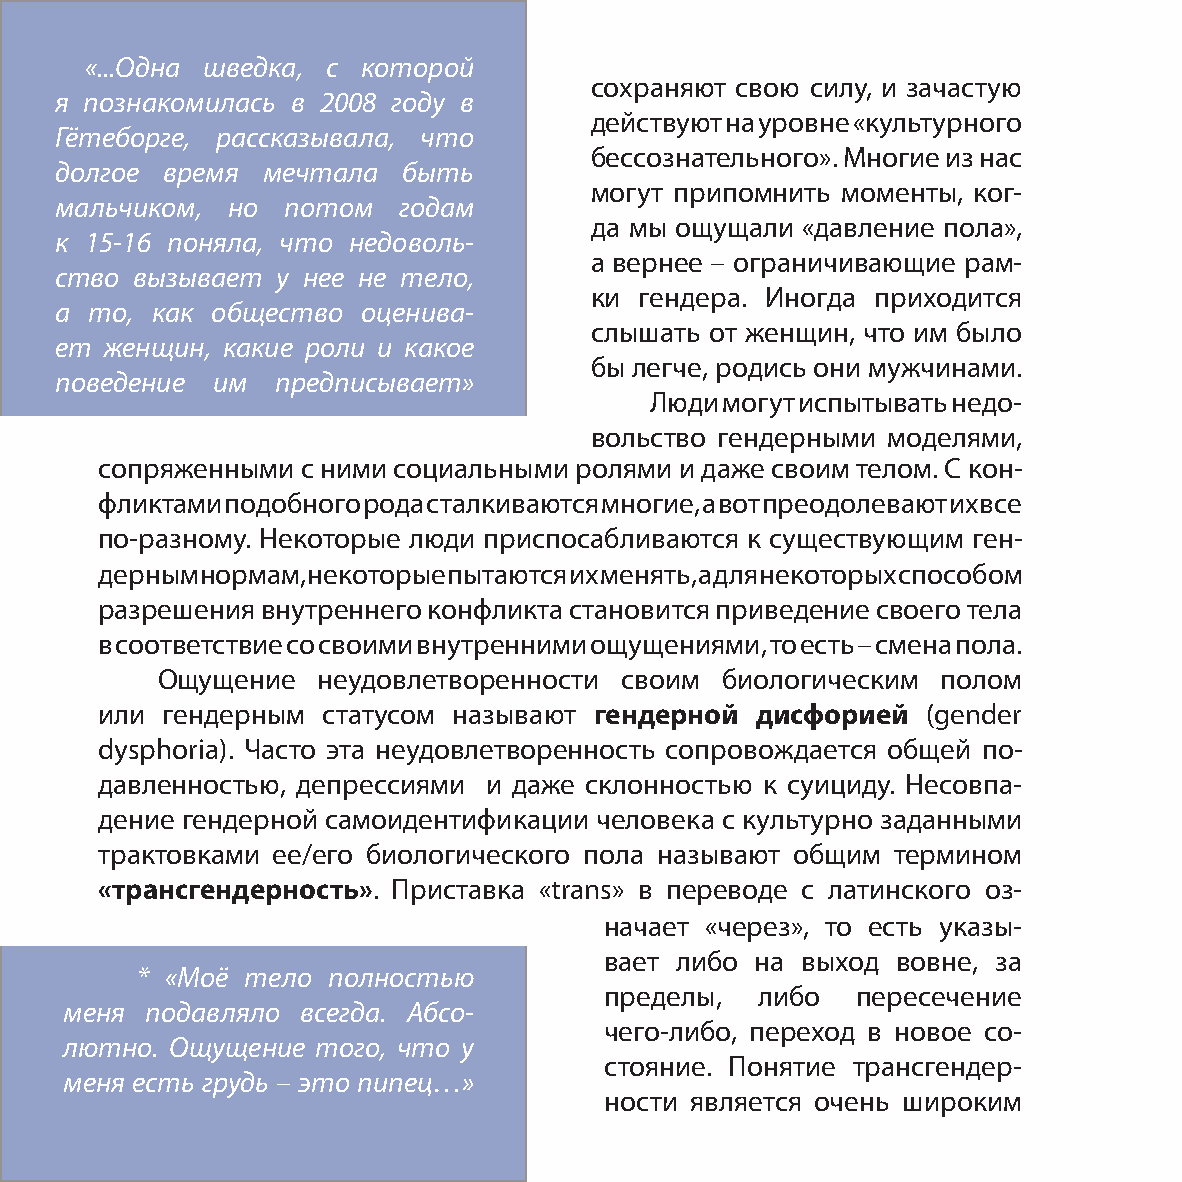
«...Одна шведка, с которой
 сохраняют свою силу, и зачастую
 я познакомилась в 2008 году в
 действуют на уровне «культурного
 Гётеборге, рассказывала, что
 бессознательного». Многие из нас
 долгое время мечтала   быть
 могут припомнить моменты, ког-
 мальчиком, но  потом  годам
 да мы ощущали «давление пола»,
 к 15-16 поняла, что недоволь-
 а вернее – ограничивающие рам-
 ство вызывает у нее не тело,
 ки гендера. Иногда приходится
 а то, как общество  оценива-
 слышать от женщин, что им было
 ет женщин, какие роли и какое
 бы легче, родись они мужчинами.
 поведение им  предписывает»
 Люди могут испытывать недо-
 вольство гендерными моделями,
 сопряженными с ними социальными ролями и даже своим телом. С кон-
 фликтами подобного рода сталкиваются многие, а вот преодолевают их все
 по-разному. Некоторые люди приспосабливаются к существующим ген-
 дерным нормам, некоторые пытаются их менять, а для некоторых способом
 разрешения внутреннего конфликта становится приведение своего тела
 в соответствие со своими внутренними ощущениями, то есть – смена пола.
 Ощущение   неудовлетворенности своим  биологическим полом
 или гендерным статусом называют гендерной  дисфорией  (gender
 dysphoria). Часто эта неудовлетворенность сопровождается общей по-
 давленностью, депрессиями и даже склонностью к суициду. Несовпа-
 дение гендерной самоидентификации человека с культурно заданными
 трактовками ее/его биологического пола называют общим термином
 «трансгендерность». Приставка «trans» в переводе с латинского оз-
 начает «через», то есть указы-
 вает либо на выход вовне, за
 * «Моё тело  полностью
 пределы,  либо   пересечение
 меня  подавляло всегда. Абсо-
 чего-либо, переход в новое со-
 лютно. Ощущение  того, что у
 стояние. Понятие трансгендер-
 меня есть грудь – это пипец…»
 ности является очень широким